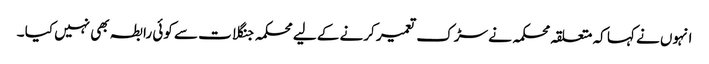
انہوں نے کہا کہ متعلقہ محکمہ نے سڑک تعمیر کرنے کے لیے محکمہ جنگلات سے کوئی رابطہ بھی نہیں کیا ۔